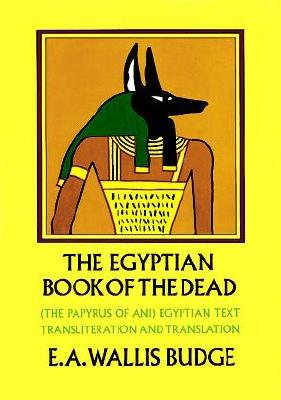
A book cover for The Egyptian Book Of The Dead (The Papyrus of Ani) Egyptian Text,Transliteration and Translation; E. A. Wallis Budge; Religion & Spirituality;